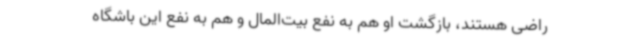
راضی هستند، بازگشت او هم به نفع بیت‌المال و هم به نفع این باشگاه